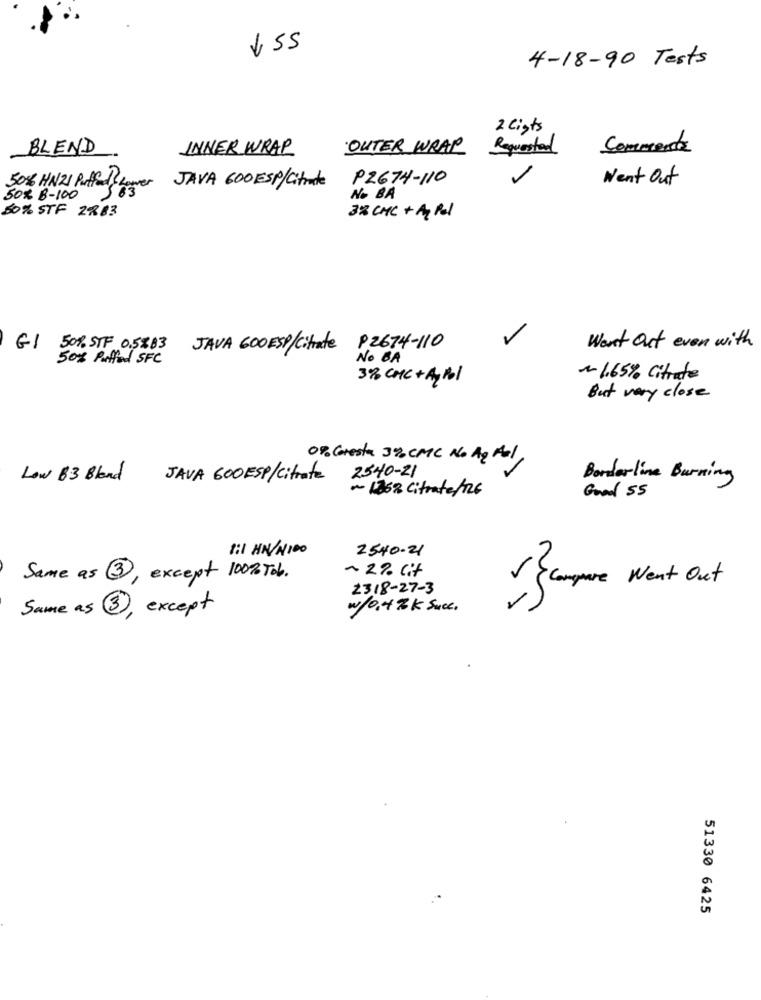
4-18-90 Tests
2 lists
BLEND
INNER WRAP
OUTER WRAP
Requested
Commenta
50% HN21 Puffed ? Ro
P2674-110
Lower
JAVA 600 ESP/Citrate
Went Out
50# 8-100
No BA
50% STF 2883
3& CHIC + Ay Pol
GI
50% STF 0.5883
JAVA 600 ESP/Citrate 92674-110
Went Out even with
50% Puffed SFC
No BA
3% CMC + AyPol
~ 1.65% Citrate
But very close
0% Coresta 3%2 CMC No Ag Mal
2540-21
Low 83 Bland JAVA 600 ESP/Citrate
Borderline Burning
~ 1268 Citrate/126
Good 55
8:1 HN/N100
2540.21
Same as 3, except 100% Tob.
~ 2% Cit
2318-27-3
Sangue went Out
Same as 3, except
w/0,4 % k Succ.
51330 6425